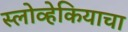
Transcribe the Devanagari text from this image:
स्लोव्हेकियाचा